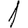
Digit: 1